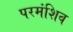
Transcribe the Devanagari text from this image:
परमंशिव